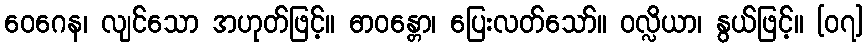
ဝေဂေန၊ လျင်သော အဟုတ်ဖြင့်။ ဓာဝန္တော၊ ပြေးလတ်သော်။ ဝလ္လိယာ၊ နွယ်ဖြင့်။ [၀၇]